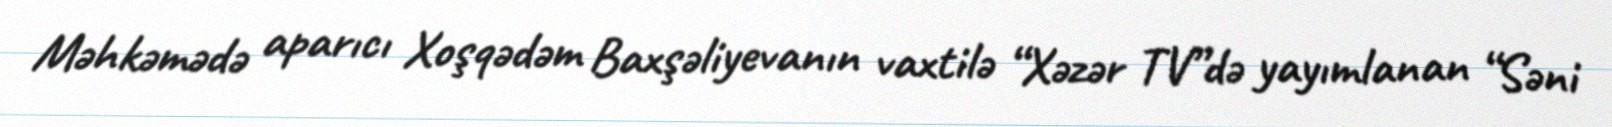
Məhkəmədə aparıcı Xoşqədəm Baxşəliyevanın vaxtilə “Xəzər TV”də yayımlanan “Səni